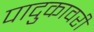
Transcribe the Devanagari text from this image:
पादुकावरी